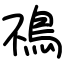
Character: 鴀